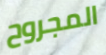
المجروح